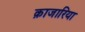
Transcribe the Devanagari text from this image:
क़ाजारिया